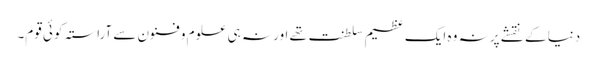
دنیا کے نقشے پر نہ وہ ایک عظیم سلطنت تھے اور نہ ہی علوم و فنون سے آراستہ کوئی قوم۔